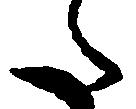
た